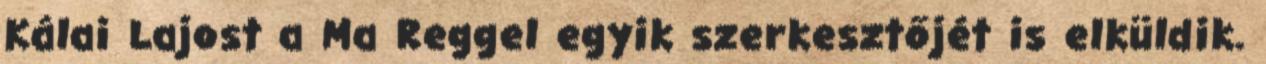
Kálai Lajost a Ma Reggel egyik szerkesztőjét is elküldik.